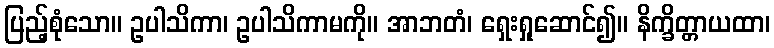
ပြည့်စုံသော။ ဥပါသိကာ၊ ဥပါသိကာမကို။ အာဘတံ၊ ရှေးရှုဆောင်၍။ နိက္ခိတ္တာယထာ၊